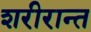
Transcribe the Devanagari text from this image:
शरीरान्त